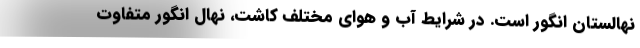
نهالستان انگور است. در شرایط آب و هوای مختلف کاشت، نهال انگور متفاوت